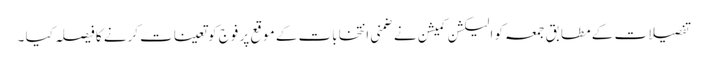
تفصیلات کے مطابق جمعہ کو الیکشن کمیشن نے ضمنی انتخابات کے موقع پر فوج کو تعینات کرنے کا فیصلہ کیا ۔